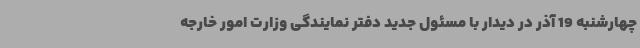
چهارشنبه 19 آذر در دیدار با مسئول جدید دفتر نمایندگی وزارت امور خارجه